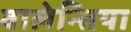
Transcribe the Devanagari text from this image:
वालेन्तिया